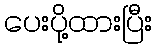
ပေးပို့ထားပြီး